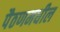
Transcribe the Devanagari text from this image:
पैठणमधील